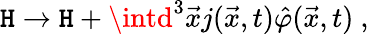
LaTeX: {\cal\mathtt{H}}\rightarrow{\cal\mathtt{H}}+\intd^{3}{\vec{{x}}}j({\vec{{x}}},t){\hat{{\varphi}}}{(\vec{{x}}},t)\ ,